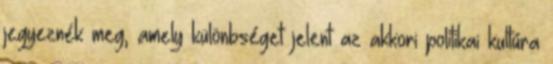
jegyeznék meg, amely különbséget jelent az akkori politikai kultúra